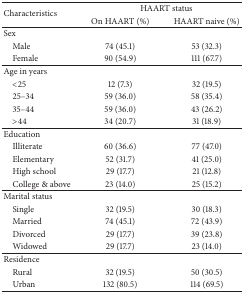
<table><thead><tr><td rowspan="2"><b>Characteristics</b></td><td colspan="2"><b>HAART status</b></td></tr><tr><td><b>On HAART (%)</b></td><td><b>HAART naive (%)</b></td></tr></thead><tbody><tr><td>Sex </td><td> </td><td> </td></tr><tr><td> Male </td><td>74 (45.1)</td><td>53 (32.3)</td></tr><tr><td> Female </td><td>90 (54.9)</td><td>111 (67.7)</td></tr><tr><td>Age in years</td><td> </td><td> </td></tr><tr><td> &lt;25</td><td>12 (7.3)</td><td>32 (19.5)</td></tr><tr><td> 25–34</td><td>59 (36.0)</td><td>58 (35.4)</td></tr><tr><td> 35–44</td><td>59 (36.0)</td><td>43 (26.2)</td></tr><tr><td> &gt;44</td><td>34 (20.7)</td><td>31 (18.9)</td></tr><tr><td>Education</td><td> </td><td> </td></tr><tr><td> Illiterate</td><td>60 (36.6)</td><td>77 (47.0)</td></tr><tr><td> Elementary</td><td>52 (31.7)</td><td>41 (25.0)</td></tr><tr><td> High school</td><td>29 (17.7)</td><td>21 (12.8)</td></tr><tr><td> College &amp; above</td><td>23 (14.0)</td><td>25 (15.2)</td></tr><tr><td>Marital status</td><td> </td><td> </td></tr><tr><td> Single </td><td>32 (19.5)</td><td>30 (18.3)</td></tr><tr><td> Married</td><td>74 (45.1)</td><td>72 (43.9)</td></tr><tr><td> Divorced</td><td>29 (17.7)</td><td>39 (23.8)</td></tr><tr><td> Widowed</td><td>29 (17.7)</td><td>23 (14.0)</td></tr><tr><td>Residence</td><td> </td><td> </td></tr><tr><td> Rural</td><td>32 (19.5)</td><td>50 (30.5)</td></tr><tr><td> Urban</td><td>132 (80.5)</td><td>114 (69.5)</td></tr></tbody></table>